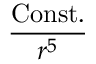
\frac { \mathrm { C o n s t . } } { r ^ { 5 } }